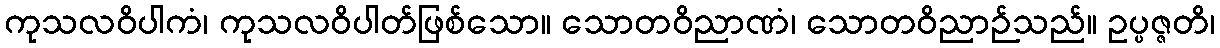
ကုသလဝိပါကံ၊ ကုသလဝိပါတ်ဖြစ်သော။ သောတဝိညာဏံ၊ သောတဝိညာဉ်သည်။ ဥပ္ပဇ္ဇတိ၊